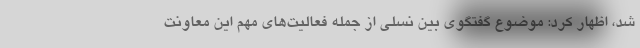
شد، اظهار کرد: موضوع گفتگوی بین نسلی از جمله فعالیت‌های مهم این معاونت